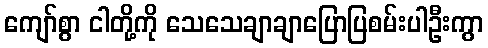
ကျော်စွာ ငါတို့ကို သေသေချာချာပြောပြစမ်းပါဦးကွာ